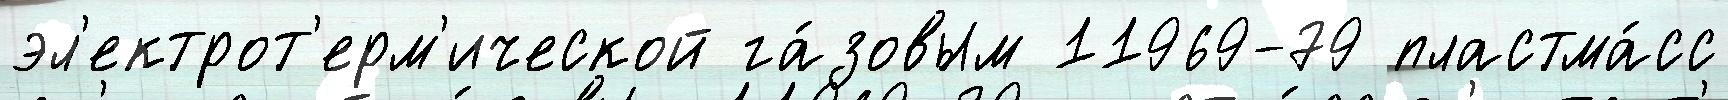
эл'ектрот'ерм'ической га́зовым 11969-79 пластма́сс